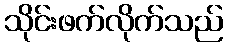
သိုင်းဖက်လိုက်သည်